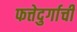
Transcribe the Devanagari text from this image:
फत्तेदुर्गाची